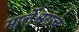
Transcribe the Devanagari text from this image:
मार्लेश्वराचे